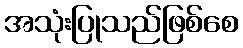
အသုံးပြုသည်ဖြစ်စေ